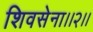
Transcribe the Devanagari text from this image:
शिवसेना।।२।।